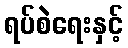
ရပ်စဲရေးနှင့်